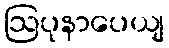
ဩပုနာပေယျ